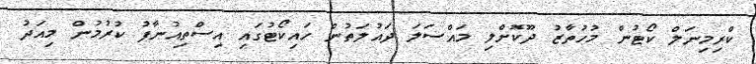
ކްރިމިނަލް ކޯޓުން މުހުތާޒު ދޫކޮށްލި މައްސަލަ ދައުލަތުން ހައިކޯޓުގައި އިސްތިއުނާފު ކުރުމުން މިއަދު